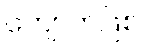
ကျောက်ဖြစ်